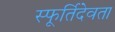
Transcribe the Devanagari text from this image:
स्फूर्तिदेवता